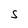
Character: S